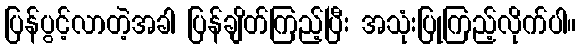
ပြန်ပွင့်လာတဲ့အခါ ပြန်ချိတ်ကြည့်ပြီး အသုံးပြုကြည့်လိုက်ပါ။